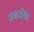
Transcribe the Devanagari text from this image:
जगाऊँगा।